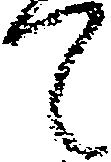
て